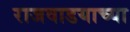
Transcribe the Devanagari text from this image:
राजवाडयाच्या